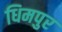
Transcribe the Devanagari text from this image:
धिमपुर